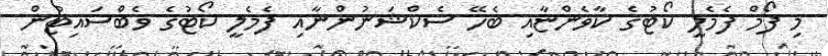
މި ފޯމް ފެމެލީ ކޯޓުގެ ކާވެންޏާއި ބެހޭ ސެކްޝަނުންނާއި ފެމެލީ ކޯޓުގެ ވެބްސައިޓުން